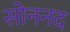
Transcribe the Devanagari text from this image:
सोननद